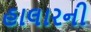
હાલારની